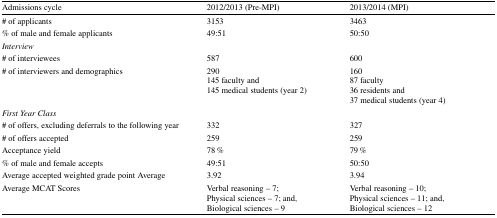
<table><thead><tr><td><b>Admissions cycle</b></td><td><b>2012/2013 (Pre-MPI)</b></td><td><b>2013/2014 (MPI)</b></td></tr></thead><tbody><tr><td># of applicants</td><td>3153</td><td>3463</td></tr><tr><td>% of male and female applicants</td><td>49:51</td><td>50:50</td></tr><tr><td colspan="3"><i>Interview</i></td></tr><tr><td># of interviewees</td><td>587</td><td>600</td></tr><tr><td># of interviewers and demographics</td><td>290145 faculty and145 medical students (year 2)</td><td>16087 faculty36 residents and37 medical students (year 4)</td></tr><tr><td colspan="3"><i>First Year Class</i></td></tr><tr><td># of offers, excluding deferrals to the following year</td><td>332</td><td>327</td></tr><tr><td># of offers accepted</td><td>259</td><td>259</td></tr><tr><td>Acceptance yield</td><td>78 %</td><td>79 %</td></tr><tr><td>% of male and female accepts</td><td>49:51</td><td>50:50</td></tr><tr><td>Average accepted weighted grade point Average</td><td>3.92</td><td>3.94</td></tr><tr><td>Average MCAT Scores</td><td>Verbal reasoning – 7;Physical sciences – 7; and,Biological sciences – 9</td><td>Verbal reasoning – 10;Physical sciences – 11; and,Biological sciences – 12</td></tr></tbody></table>